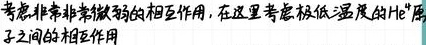
考虑非常非常微弱的相互作用，在这里考虑极低温度的$^4$He原子之间的相互作用